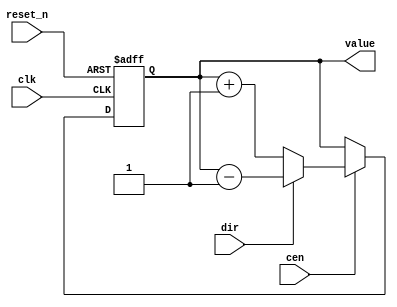
module cnt_bcd(
	input clk,
	input reset_n,
	input cen,
	input dir,
	output reg [3:0] value
);

	always@(posedge clk, negedge reset_n) begin
	
		if(!reset_n)
			value <= 0;
			
		else if(cen) begin
		
			if(dir)
				value <= value - 1'b1;
				
			else 
				value <= value + 1'b1;
		
		end
	
	end

endmodule